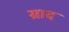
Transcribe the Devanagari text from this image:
ग्राद